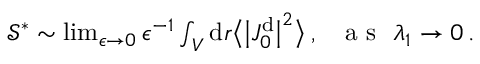
\begin{array} { r } { \mathcal { S } ^ { * } \sim \operatorname* { l i m } _ { \epsilon \rightarrow 0 } \epsilon ^ { - 1 } \int _ { V } \mathrm { d } \boldsymbol { r } \big \langle \big \vert J _ { 0 } ^ { \mathrm { d } } \big \vert ^ { 2 } \big \rangle \, , ~ ~ \mathrm { ~ a ~ s ~ } ~ \lambda _ { 1 } \rightarrow 0 \, . } \end{array}